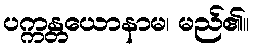
ပက္ကန္တယောနာမ၊ မည်၏။